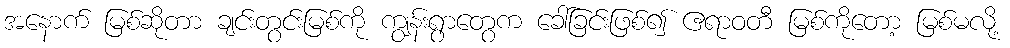
အနောက် မြစ်ဆိုတာ ချင်းတွင်းမြစ်ကို ကျွန်းရွာတွေက ခေါ်ခြင်းဖြစ်၍ ဧရာဝတီ မြစ်ကိုတော့ မြစ်မလို့